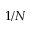
1 / N